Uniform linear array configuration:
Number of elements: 8
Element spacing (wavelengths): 0.5
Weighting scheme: hann
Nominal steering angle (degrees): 30
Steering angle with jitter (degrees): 29.698
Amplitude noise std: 0.05
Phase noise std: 0.05

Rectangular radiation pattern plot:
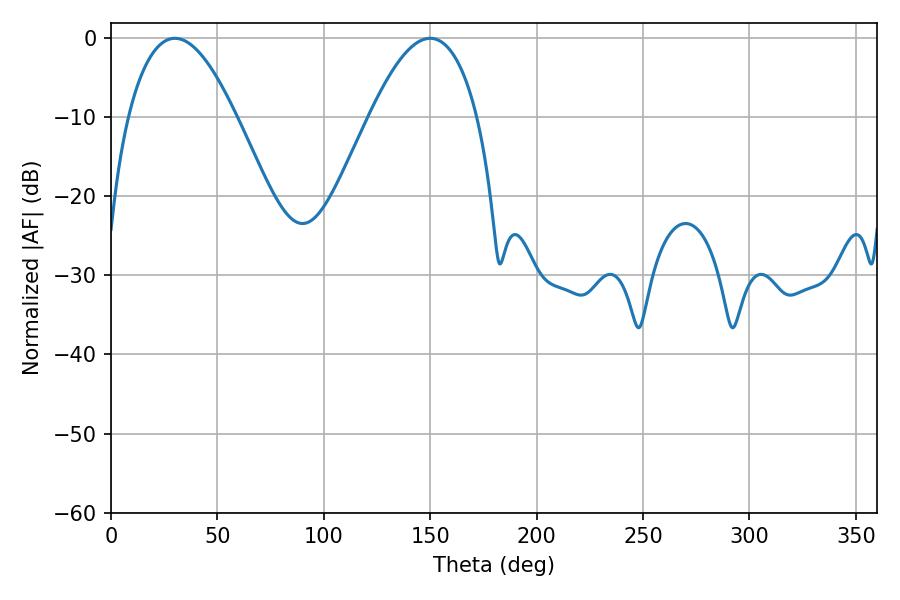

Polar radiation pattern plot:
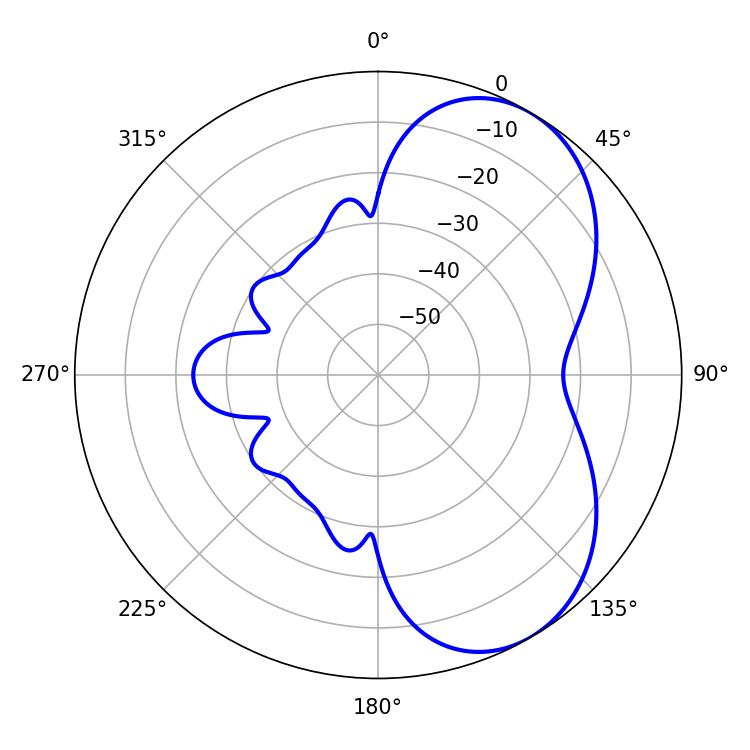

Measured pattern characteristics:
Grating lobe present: FALSE
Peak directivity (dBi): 5.629
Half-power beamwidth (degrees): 27.9
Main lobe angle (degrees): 30.06